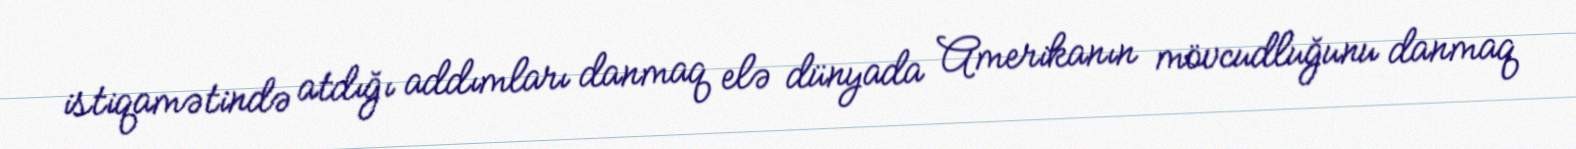
istiqamətində atdığı addımları danmaq elə dünyada Amerikanın mövcudluğunu danmaq